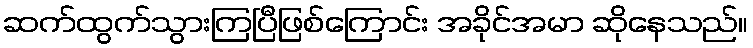
ဆက်ထွက်သွားကြပြီဖြစ်ကြောင်း အခိုင်အမာ ဆိုနေသည်။